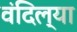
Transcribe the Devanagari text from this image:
वंदिल्या